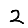
Digit: 2